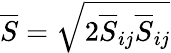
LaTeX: \overline{{S}}=\sqrt{2\overline{{S}}_{ij}\overline{{S}}_{ij}}